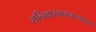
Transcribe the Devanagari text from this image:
शनिवारवाड्याजवळचा